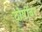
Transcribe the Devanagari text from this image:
दोषींवर